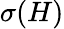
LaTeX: \sigma(H)